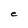
Character: e